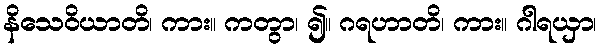
နိသေဝိယာတိ၊ ကား။ ကတွာ၊ ၍။ ဂရဟာတိ၊ ကား။ ဂါရယှာ၊